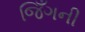
જિઁગની